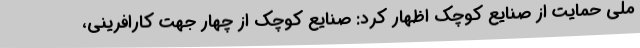
ملی حمایت از صنایع کوچک اظهار کرد: صنایع کوچک از چهار جهت کارافرینی،